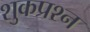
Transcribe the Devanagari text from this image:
शुकप्रश्न